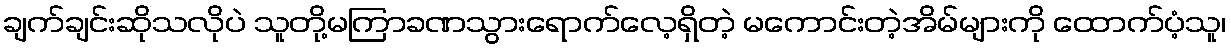
ချက်ချင်းဆိုသလိုပဲ သူတို့မကြာခဏသွားရောက်လေ့ရှိတဲ့ မကောင်းတဲ့အိမ်များကို ထောက်ပံ့သူ၊